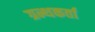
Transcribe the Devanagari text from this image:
ग्रन्थकर्ता